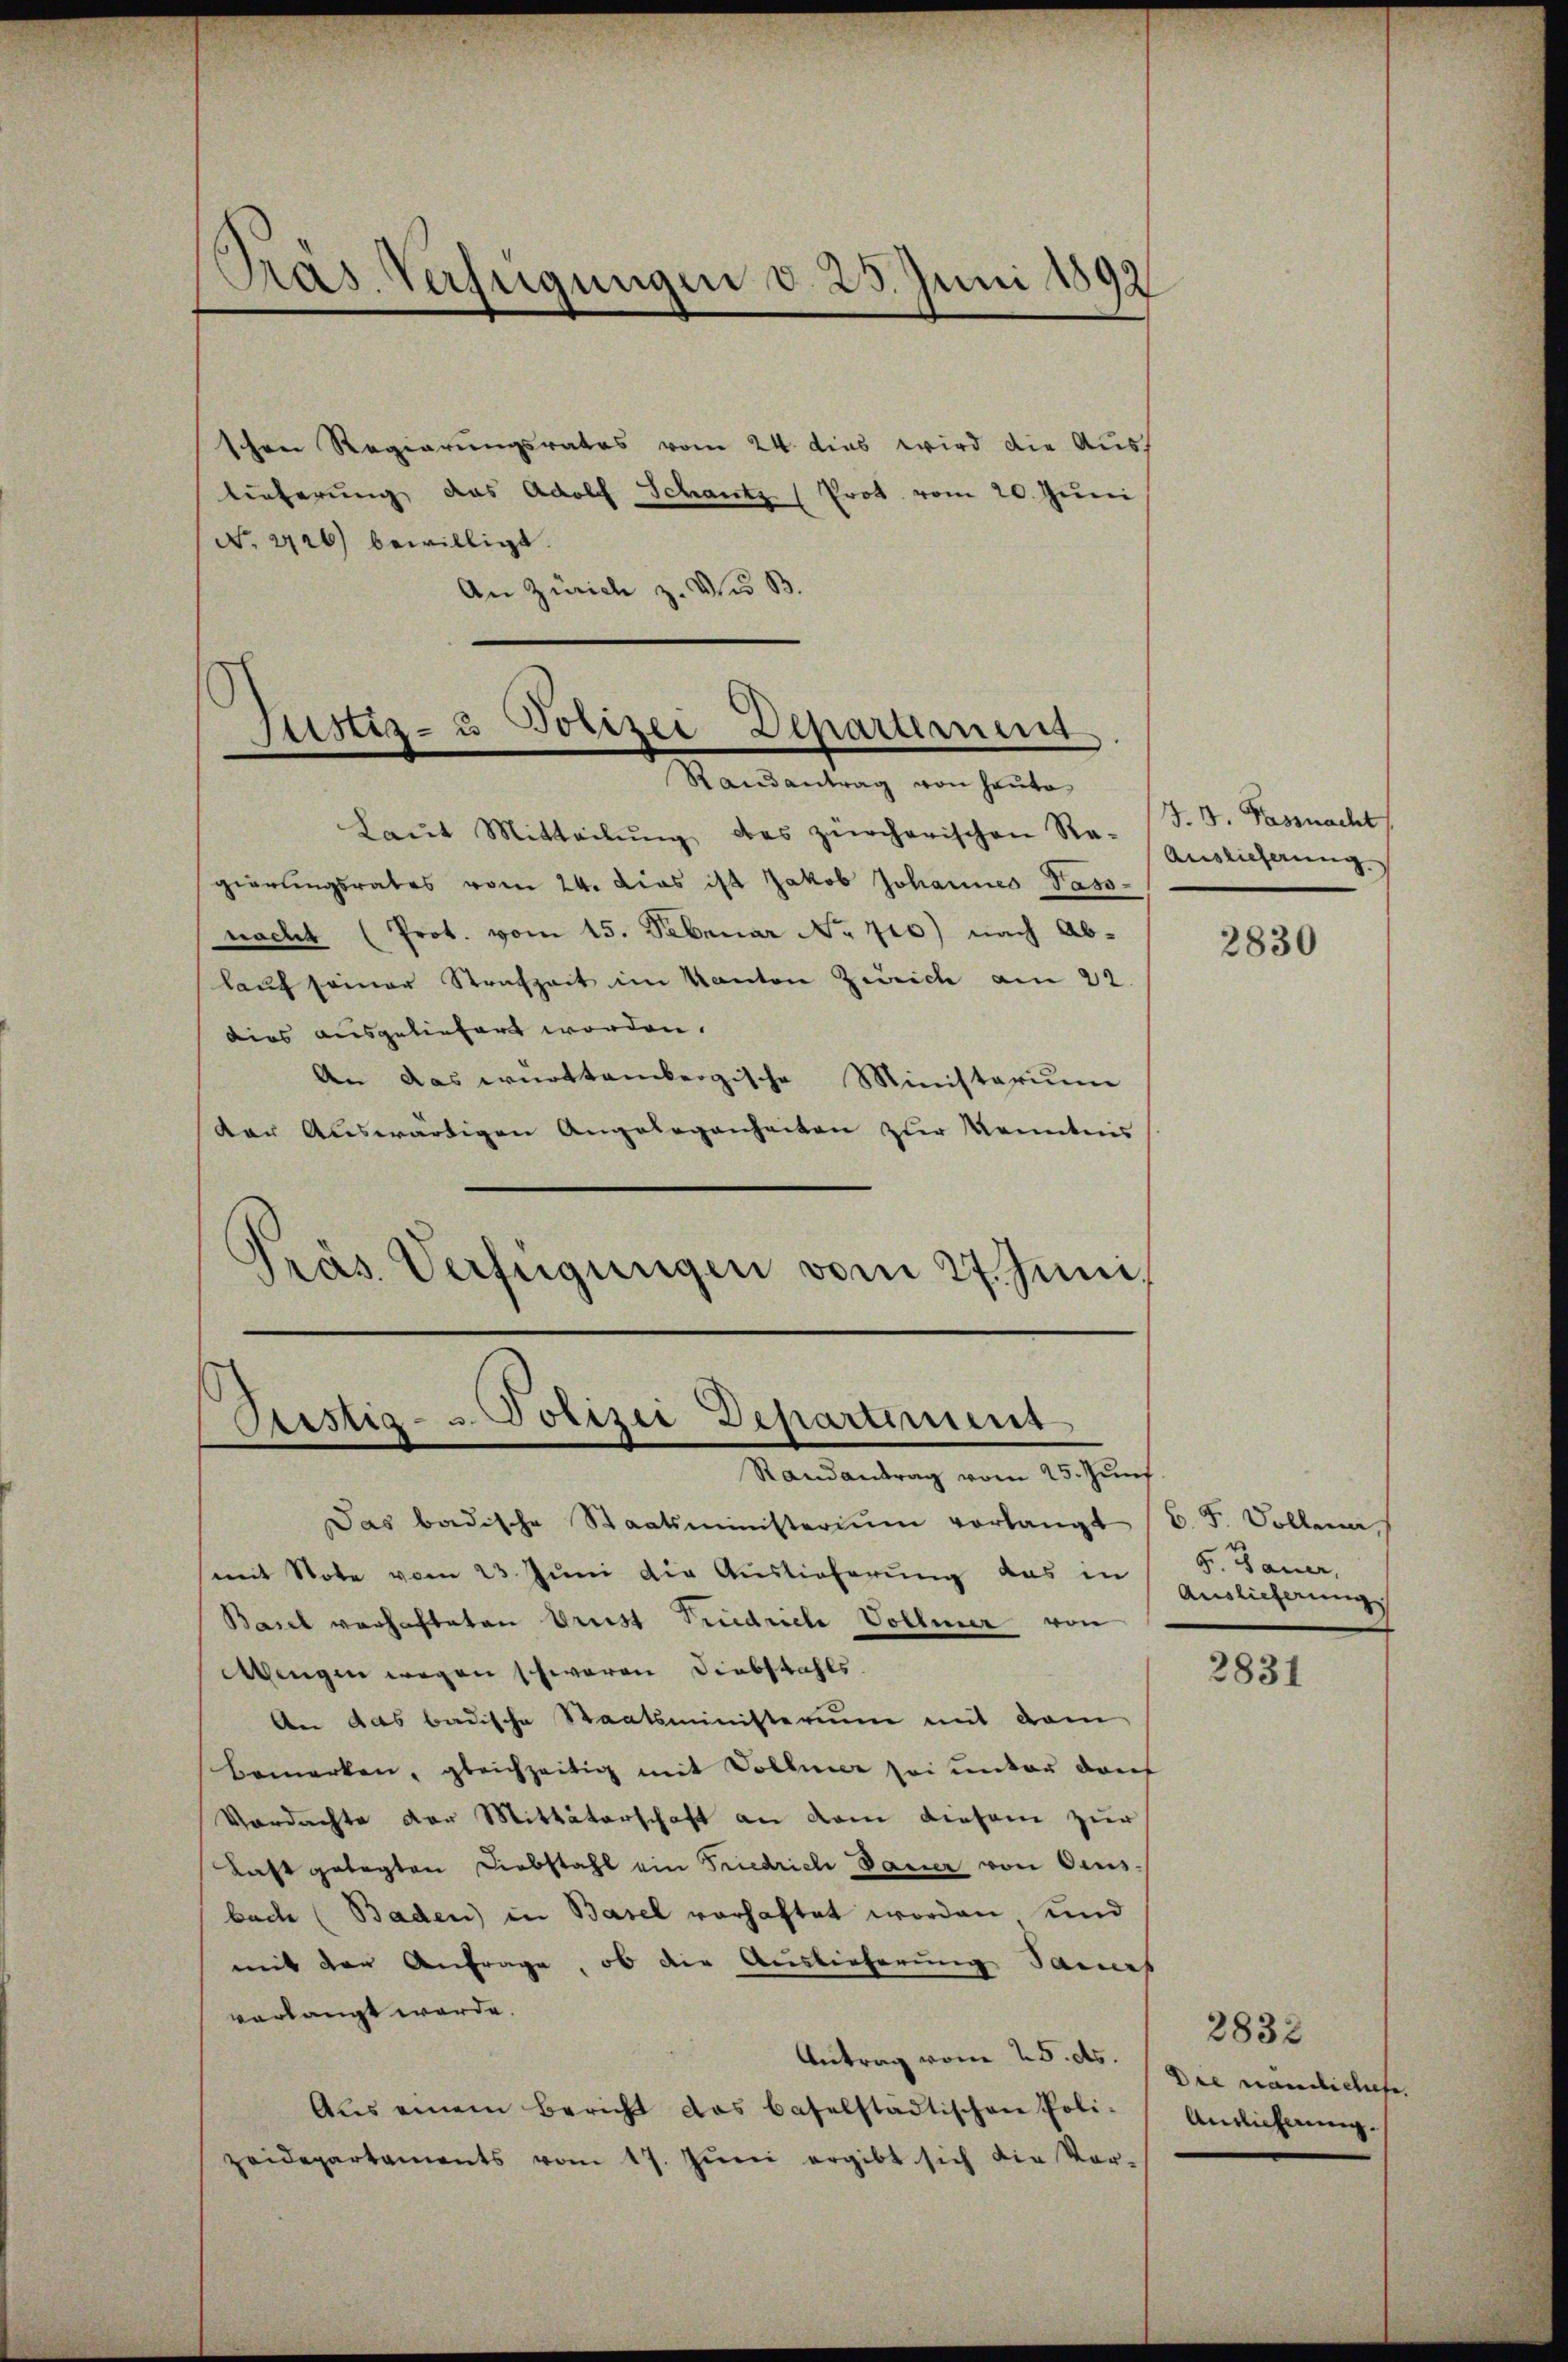
Pras Verfügungen d. 25. Juni 1892

schen Regierungsrates vom 24. dies wird die Auslieferung das Adolf Schantz (Prot. vom 20. Juni
No. 2126) bewilligt.
An Zürich z. des B.

Justiz- u Polizei Departement

Randantrag von Hauto
Laŭt Mitteilŭng des zürcherischen Re-
gierungsrates vom 24. dies ist Jakob Johannes Pass-
nacht (Prot. vom 15. Februar No 710) nach Ablauf seiner Strafzeit im Kanton Zürich am 22.
dies ausgeliefert worden.
An das württembergische Ministerium
der Auswärtigen Angelegenheiten zur Kenntnis
Präs. Verfügungen vom 27. Juni,

Sistig- u Polizei Departiment

Randantrag vom 25. Juni
Das badische Staatsministerium vorlangt
mit Note vom 23. Juni die Auslieferung das in
Basel vorhafteten Grust Friedriche Vollmer von
Mengen wegen schwaren Diebstahls
An das badische Staatsministerium mit dem
bemerken, gleichzeitig mit Vollmer sei unter dan
Verdachte der Mittäterschaft an dem diesem zur
Last gelegten Diebstahl ein Friedrich Dauer von Aeus
bach (Baden in Basel vorhaftet worden und
mit der Anfrage, ob die Auslieferung Sames
verlangt werde.
Antrag vom 25. ds.
Aus einem Bericht das baselstädtischen Poli-
zeidepartaments vom 17. Jŭni ergibt sich die Vor-

J. B. Passnacht
Auslieferung

2830

B. F. Sollena,
F. Bauer,
Auslieferung

2831

2832
Die nämlichete.
Anslicherung.